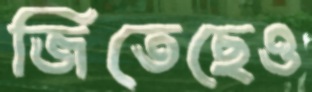
জিতেছেও